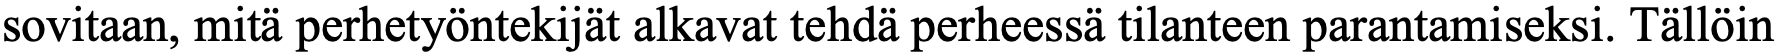
sovitaan, mitä perhetyöntekijät alkavat tehdä perheessä tilanteen parantamiseksi. Tällöin